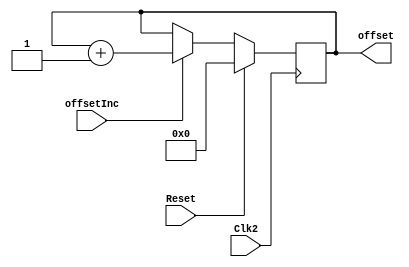
//Calculates address offsets
module offsetu(output reg [3:0] offset, input Reset, input Clk2,
    input offsetInc);

  always@(posedge Clk2) begin
    if (Reset)
      offset <= 4'b0;
    else
      if (offsetInc)
        offset <= offset + 1;
      else
        offset <= offset;
  end

endmodule